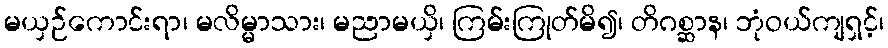
မယှဉ်ကောင်းရာ၊ မလိမ္မာသား၊ မညာမယှိ၊ ကြမ်းကြုတ်မိ၍၊ တိဂစ္ဆာန၊ ဘုံဝယ်ကျရှင့်၊